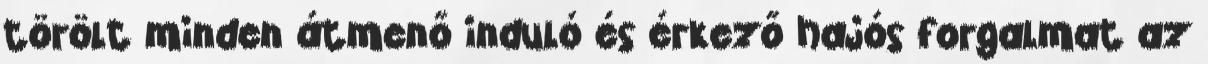
törölt minden átmenő induló és érkező hajós forgalmat az